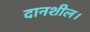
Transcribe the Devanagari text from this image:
दानशील।